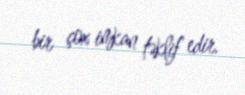
bir çox imkan təklif edir.